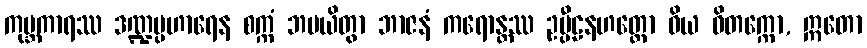
ကုမ္ဘကာရဿ ဒဏ္ဍပ္ပဟာရေန စက္ကံ ဘမယိတွာ ဘာဇနံ ကရောန္တဿ ဥပ္ပီဠနဟတ္ထော ဝိယ ဝိတက္ကော, ဣတော